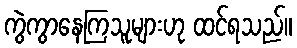
ကွဲကွာနေကြသူများဟု ထင်ရသည်။